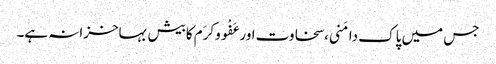
جس میں پاک دامَنی،سخاوت اورعَفْووکرَم کابیش بہاخزانہ ہے۔